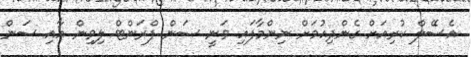
އެސޭލް ކުރިއަށް ގެންދިއުމަށް ނިންމާފައި ވަނީ ސަން ފްރަންޓް ލިވިން އާއި ސަން